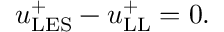
u _ { \mathrm { L E S } } ^ { + } - u _ { \mathrm { L L } } ^ { + } = 0 .